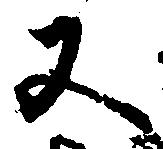
又